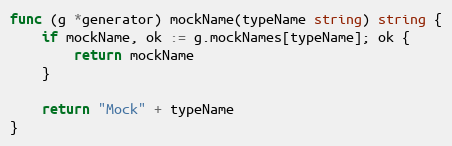
Language: Go
func (g *generator) mockName(typeName string) string {
	if mockName, ok := g.mockNames[typeName]; ok {
		return mockName
	}

	return "Mock" + typeName
}